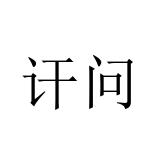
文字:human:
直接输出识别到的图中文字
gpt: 讦问